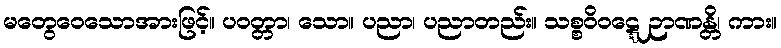
မတွေဝေသောအားဖြင့်။ ပဝတ္တာ၊ သော။ ပညာ၊ ပညာတည်း။ သစ္စဝိဝဋ္ဋေ ဉာဏန္တိ၊ ကား။